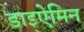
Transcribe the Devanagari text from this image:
डाइऐमिन